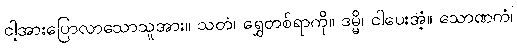
ငါ့အားပြောလာသောသူအား။ သတံ၊ ရွှေတစ်ရာကို။ ဒမ္မိ၊ ငါပေးအံ့။ သောဏကံ၊